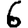
Digit: 6